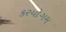
કરયોગમ